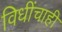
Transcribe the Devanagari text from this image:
विधींचाही